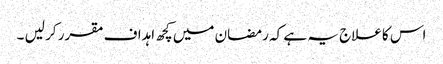
اس کا علاج یہ ہے کہ رمضان میں کچھ اہداف مقرر کر لیں ۔